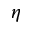
\eta